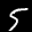
Label: 5